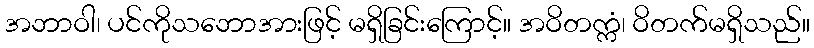
အဘာဝါ၊ ပင်ကိုသဘောအားဖြင့် မရှိခြင်းကြောင့်။ အဝိတက္ကံ၊ ဝိတက်မရှိသည်။